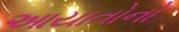
આયાતોનો